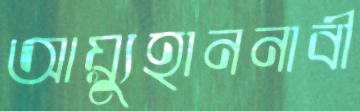
আয়্যুহাননাবী